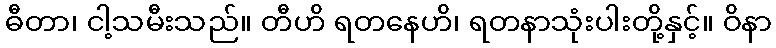
ဓီတာ၊ ငါ့သမီးသည်။ တီဟိ ရတနေဟိ၊ ရတနာသုံးပါးတို့နှင့်။ ဝိနာ